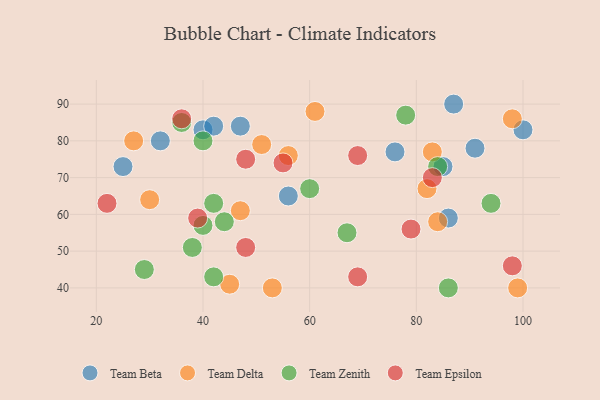
{"axis": {"x": "GDP", "y": "Life Expectancy"}, "legend": ["Team Beta", "Team Delta", "Team Epsilon", "Team Zenith"], "data": [{"x": "76", "y": 77, "type": "Team Beta"}, {"x": "47", "y": 84, "type": "Team Beta"}, {"x": "100", "y": 83, "type": "Team Beta"}, {"x": "85", "y": 73, "type": "Team Beta"}, {"x": "40", "y": 83, "type": "Team Beta"}, {"x": "42", "y": 84, "type": "Team Beta"}, {"x": "86", "y": 59, "type": "Team Beta"}, {"x": "91", "y": 78, "type": "Team Beta"}, {"x": "25", "y": 73, "type": "Team Beta"}, {"x": "56", "y": 65, "type": "Team Beta"}, {"x": "87", "y": 90, "type": "Team Beta"}, {"x": "32", "y": 80, "type": "Team Beta"}, {"x": "45", "y": 41, "type": "Team Delta"}, {"x": "56", "y": 76, "type": "Team Delta"}, {"x": "27", "y": 80, "type": "Team Delta"}, {"x": "98", "y": 86, "type": "Team Delta"}, {"x": "82", "y": 67, "type": "Team Delta"}, {"x": "84", "y": 58, "type": "Team Delta"}, {"x": "83", "y": 77, "type": "Team Delta"}, {"x": "51", "y": 79, "type": "Team Delta"}, {"x": "53", "y": 40, "type": "Team Delta"}, {"x": "99", "y": 40, "type": "Team Delta"}, {"x": "61", "y": 88, "type": "Team Delta"}, {"x": "47", "y": 61, "type": "Team Delta"}, {"x": "30", "y": 64, "type": "Team Delta"}, {"x": "40", "y": 80, "type": "Team Zenith"}, {"x": "44", "y": 58, "type": "Team Zenith"}, {"x": "60", "y": 67, "type": "Team Zenith"}, {"x": "38", "y": 51, "type": "Team Zenith"}, {"x": "42", "y": 63, "type": "Team Zenith"}, {"x": "94", "y": 63, "type": "Team Zenith"}, {"x": "86", "y": 40, "type": "Team Zenith"}, {"x": "78", "y": 87, "type": "Team Zenith"}, {"x": "42", "y": 43, "type": "Team Zenith"}, {"x": "36", "y": 85, "type": "Team Zenith"}, {"x": "40", "y": 57, "type": "Team Zenith"}, {"x": "84", "y": 73, "type": "Team Zenith"}, {"x": "29", "y": 45, "type": "Team Zenith"}, {"x": "67", "y": 55, "type": "Team Zenith"}, {"x": "55", "y": 74, "type": "Team Epsilon"}, {"x": "48", "y": 51, "type": "Team Epsilon"}, {"x": "36", "y": 86, "type": "Team Epsilon"}, {"x": "83", "y": 70, "type": "Team Epsilon"}, {"x": "22", "y": 63, "type": "Team Epsilon"}, {"x": "69", "y": 43, "type": "Team Epsilon"}, {"x": "98", "y": 46, "type": "Team Epsilon"}, {"x": "79", "y": 56, "type": "Team Epsilon"}, {"x": "39", "y": 59, "type": "Team Epsilon"}, {"x": "48", "y": 75, "type": "Team Epsilon"}, {"x": "69", "y": 76, "type": "Team Epsilon"}]}